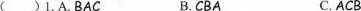
( )1.A.BAC B.CBA C. ACB